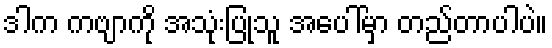
ဒါက ကဗျာကို အသုံးပြုသူ အပေါ်မှာ တည်တာပါပဲ။